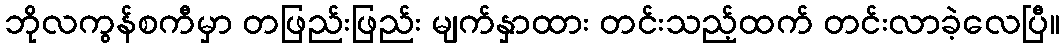
ဘိုလကွန်စကီမှာ တဖြည်းဖြည်း မျက်နှာထား တင်းသည့်ထက် တင်းလာခဲ့လေပြီ။